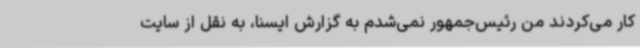
کار می‌کردند من رئیس‌جمهور نمی‌شدم به گزارش ایسنا، به نقل از سایت